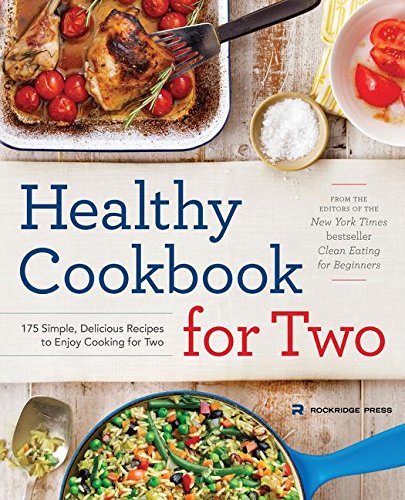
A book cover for Healthy Cookbook for Two: 175 Simple, Delicious Recipes to Enjoy Cooking for Two; Rockridge Press; Cookbooks, Food & Wine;